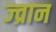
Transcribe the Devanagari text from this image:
ज्व्रान